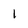
Character: I